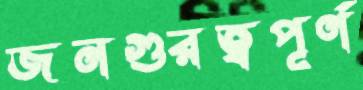
জনগুরত্বপূর্ণ